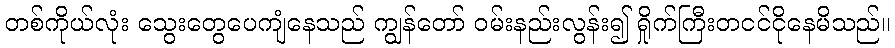
တစ်ကိုယ်လုံး သွေးတွေပေကျံနေသည် ကျွန်တော် ဝမ်းနည်းလွန်း၍ ရှိုက်ကြီးတငင်ငိုနေမိသည်။